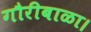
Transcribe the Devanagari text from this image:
गौरीबाळा।